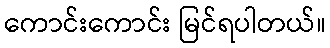
ကောင်းကောင်း မြင်ရပါတယ်။